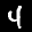
Label: 4